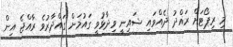
މި ރިޕޯޓަށް ރައްދު ދެއްވައި ޝައިނީ ވިދާޅުވީ ގައުމަށް ގައްދާރުވެ ރާއްޖެ އިން